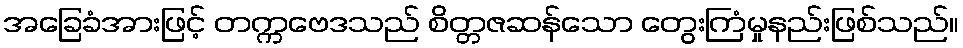
အခြေခံအားဖြင့် တက္ကဗေဒသည် စိတ္တဇဆန်သော တွေးကြံမှုနည်းဖြစ်သည်။